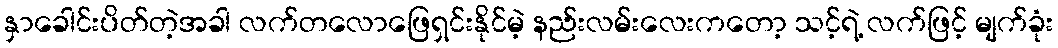
နှာခေါင်းပိတ်တဲ့အခါ လက်တလောဖြေရှင်းနိုင်မဲ့ နည်းလမ်းလေးကတော့ သင့်ရဲ့ လက်ဖြင့် မျက်ခုံး